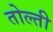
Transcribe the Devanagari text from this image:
तोल्ती